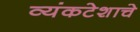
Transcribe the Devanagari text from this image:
व्यंकटेशाचे